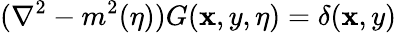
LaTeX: ({\nabla}^{2}-m^{2}(\eta))G(\mathbf{x},y,\eta)=\delta(\mathbf{x},y)